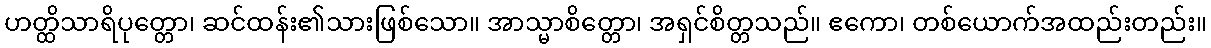
ဟတ္ထိသာရိပုတ္တော၊ ဆင်ထန်း၏သားဖြစ်သော။ အာသ္မာစိတ္တော၊ အရှင်စိတ္တသည်။ ဧကော၊ တစ်ယောက်အထည်းတည်း။